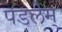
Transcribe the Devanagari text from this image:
पडलेम्